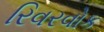
રિવરવોક